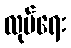
လုပ်ရေး